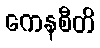
ကေနစီတိ